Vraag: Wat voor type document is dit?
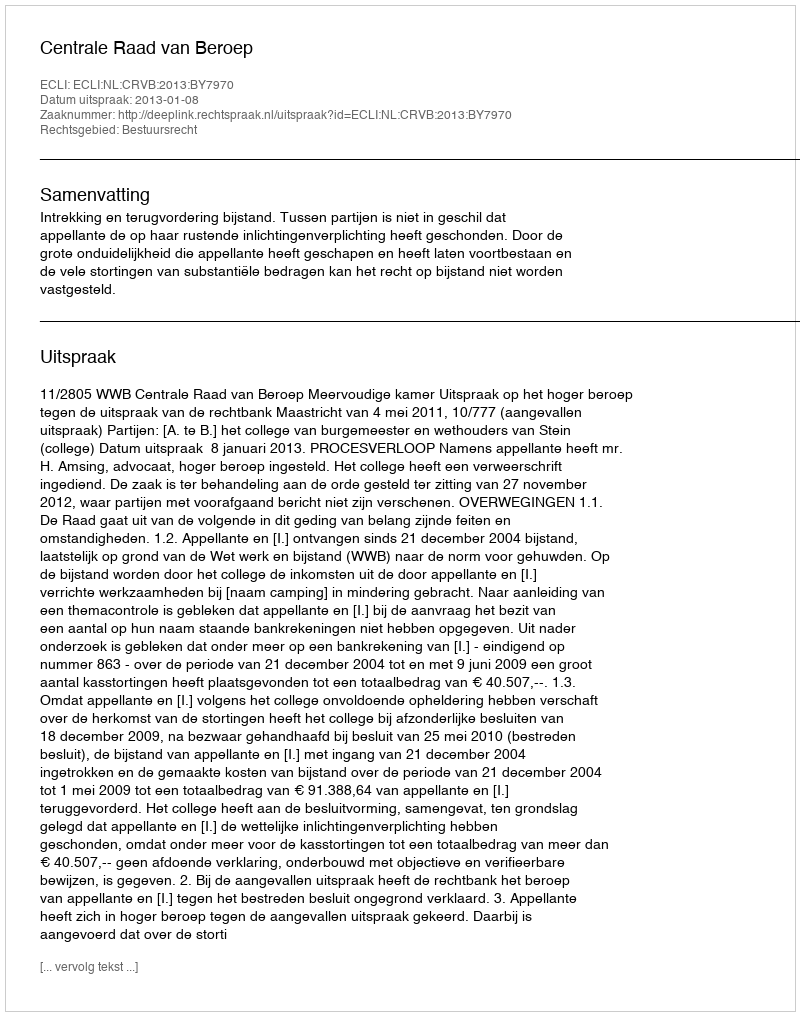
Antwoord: Uitspraak